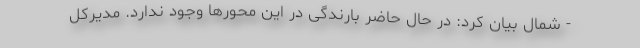
- شمال بیان کرد: در حال حاضر بارندگی در این محورها وجود ندارد. مدیرکل